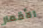
الأقمار